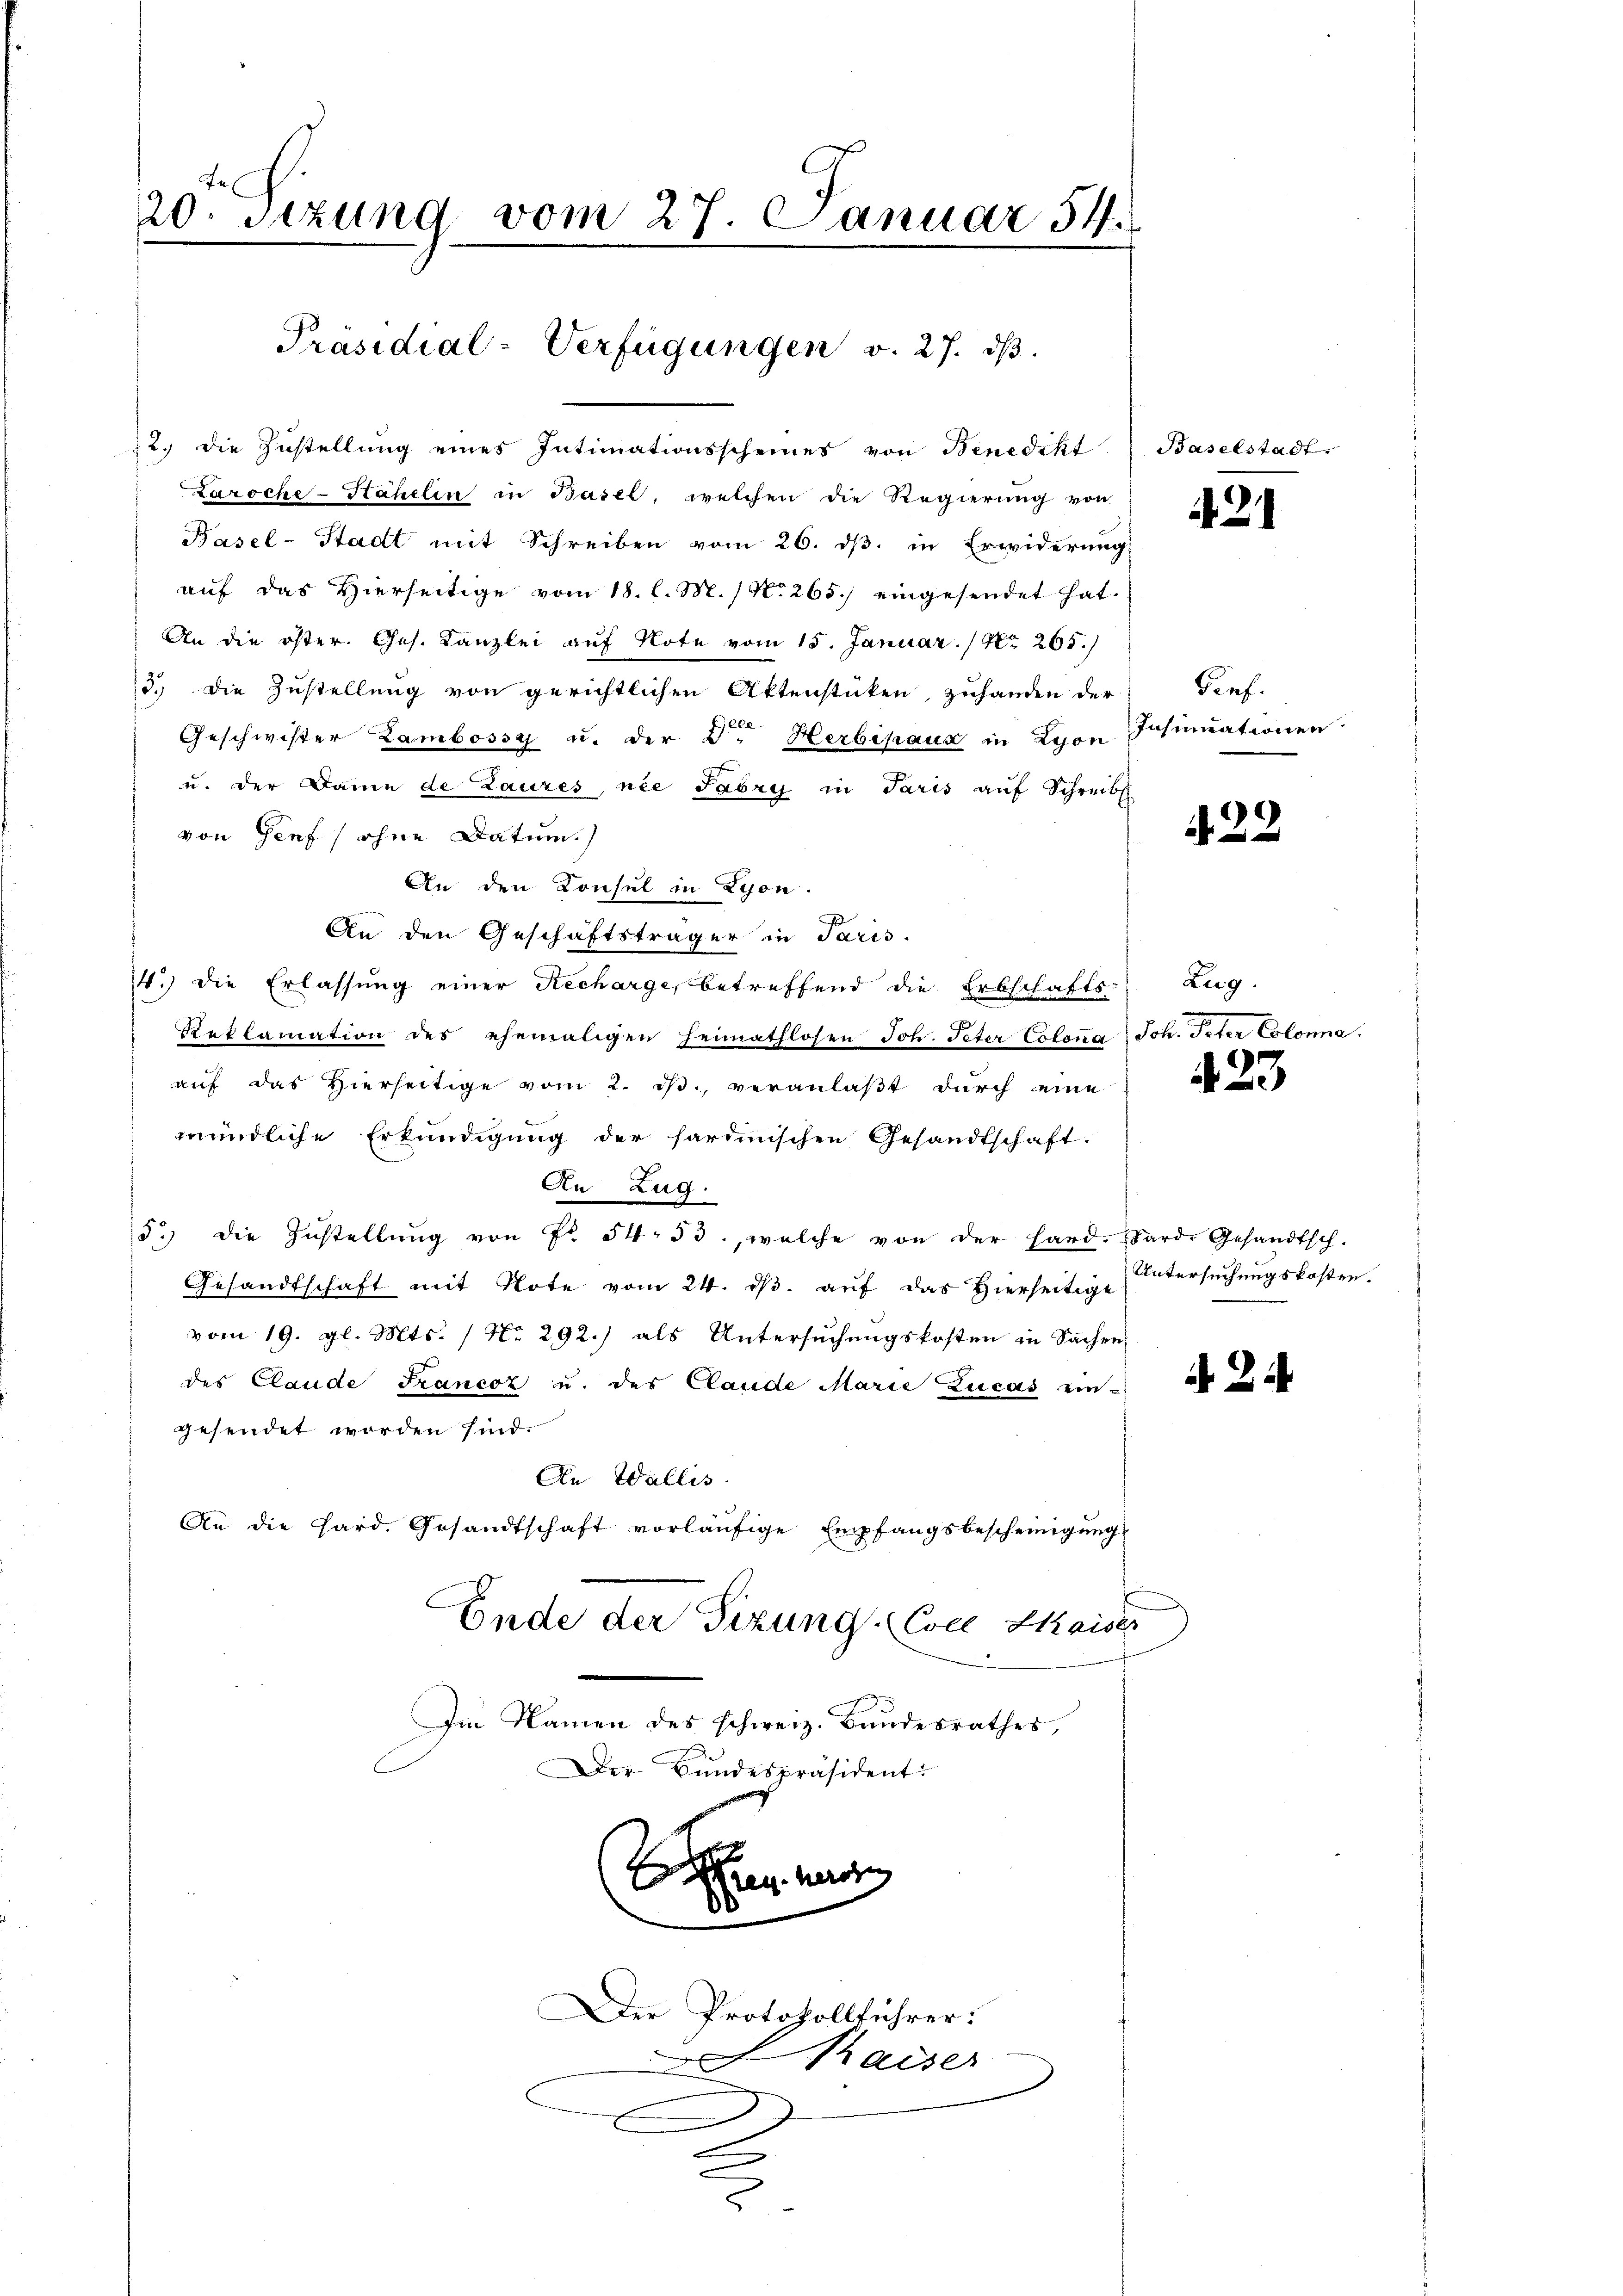
Fr
20. Setzung vom 27. Januar 54.

Präsidial-Verfügungen v. 27. dβ.
12. die Zustellŭng eines Intimationsscheines von Benedikt Baselstadt.

Laroche-Stähelin in Basel, welchen die Regierung von
Basel-Stadt mit Schreiben vom 26. dβ in Erwiderung
auf das Hierseitige vom 18. l. M. / No 265.) eingesendet hat.
An die öster. Ges. Kanzlei auf Note vom 15. Januar. / Nr. 265.)
3.) Die Zustellung von gerichtlichen Aktenstücken, zuhanden der Genf.
Geschwister Zambossy u. der 3. Herbipaux in Lyon Intimationen
u. der Dame de Laures, nie Fabri in Paris auf Schreib
von Genf ohne Datum.)
An den Konsul in Lyon.
An den Geschäftsträger in Paris.
4.) Die Erlassung einer Recharge, betreffend die Erbschafts-Zug.
Reklamation des ehemaligen Heimathlosen Joh. Peter Colona, Joh. Peter Colonna
auf das hierseitige vom 2. dβ., veranlaßt durch eine
mündliche Erkundigung der harminischen Gesandtschaft.
An Zug.
5 die Zŭstellŭng von Fr. 54. 53, welche von der Hard. Sard. Gesandtsch.
Gesandtschaft mit Note vom 24. dβ aŭf das hierseitige
vom 19. gl. Mts. / No 292.) als Untersuchungskosten in Sachen
des Claude Francoz u. des Claude Marie Lucas eines a
gesendet worden sind.
An Wallis
An die Hard. Gesandtschaft vorläufige Empfangsbescheinigung
Ende der Sitzung Coel Kaiser
Im Namen des schweiz. Bundesrathes,
Der Bundespräsident.
Ehen werden

Der Protokollführer.
Kaiser
x
x
e

421

422

423

Untersuchungskosten.